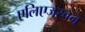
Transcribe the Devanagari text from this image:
एलिएजेरबन